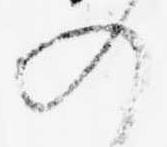
の